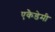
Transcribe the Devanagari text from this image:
एकैडेमी